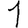
Digit: 1